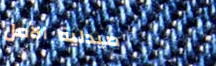
صيدلية الأمل